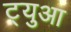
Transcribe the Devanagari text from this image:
ट्युआ